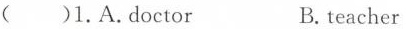
()1.A.Doctor B.teacher